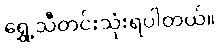
ရွှေ့သီတင်းသုံးရပါတယ်။